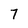
Character: 7